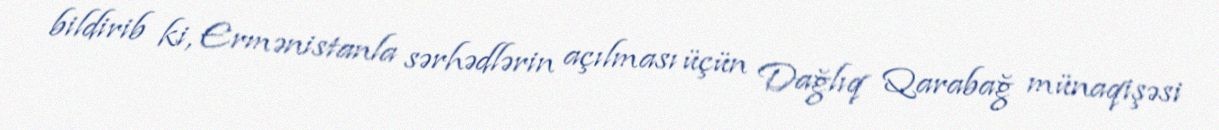
bildirib ki, Ermənistanla sərhədlərin açılması üçün Dağlıq Qarabağ münaqişəsi